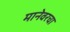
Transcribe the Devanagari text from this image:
मानेवरचा